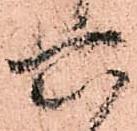
六